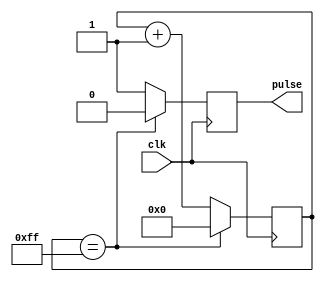
module SynchronousPulseGenerator (
    input wire clk,
    output wire pulse
);

reg [7:0] counter;
reg pulse_reg;

always @(posedge clk) begin
    if (counter == 8'hff) begin
        counter <= 8'h00;
        pulse_reg <= 1'b0;
    end else begin
        counter <= counter + 1;
        pulse_reg <= 1'b1;
    end
end

assign pulse = pulse_reg;

endmodule